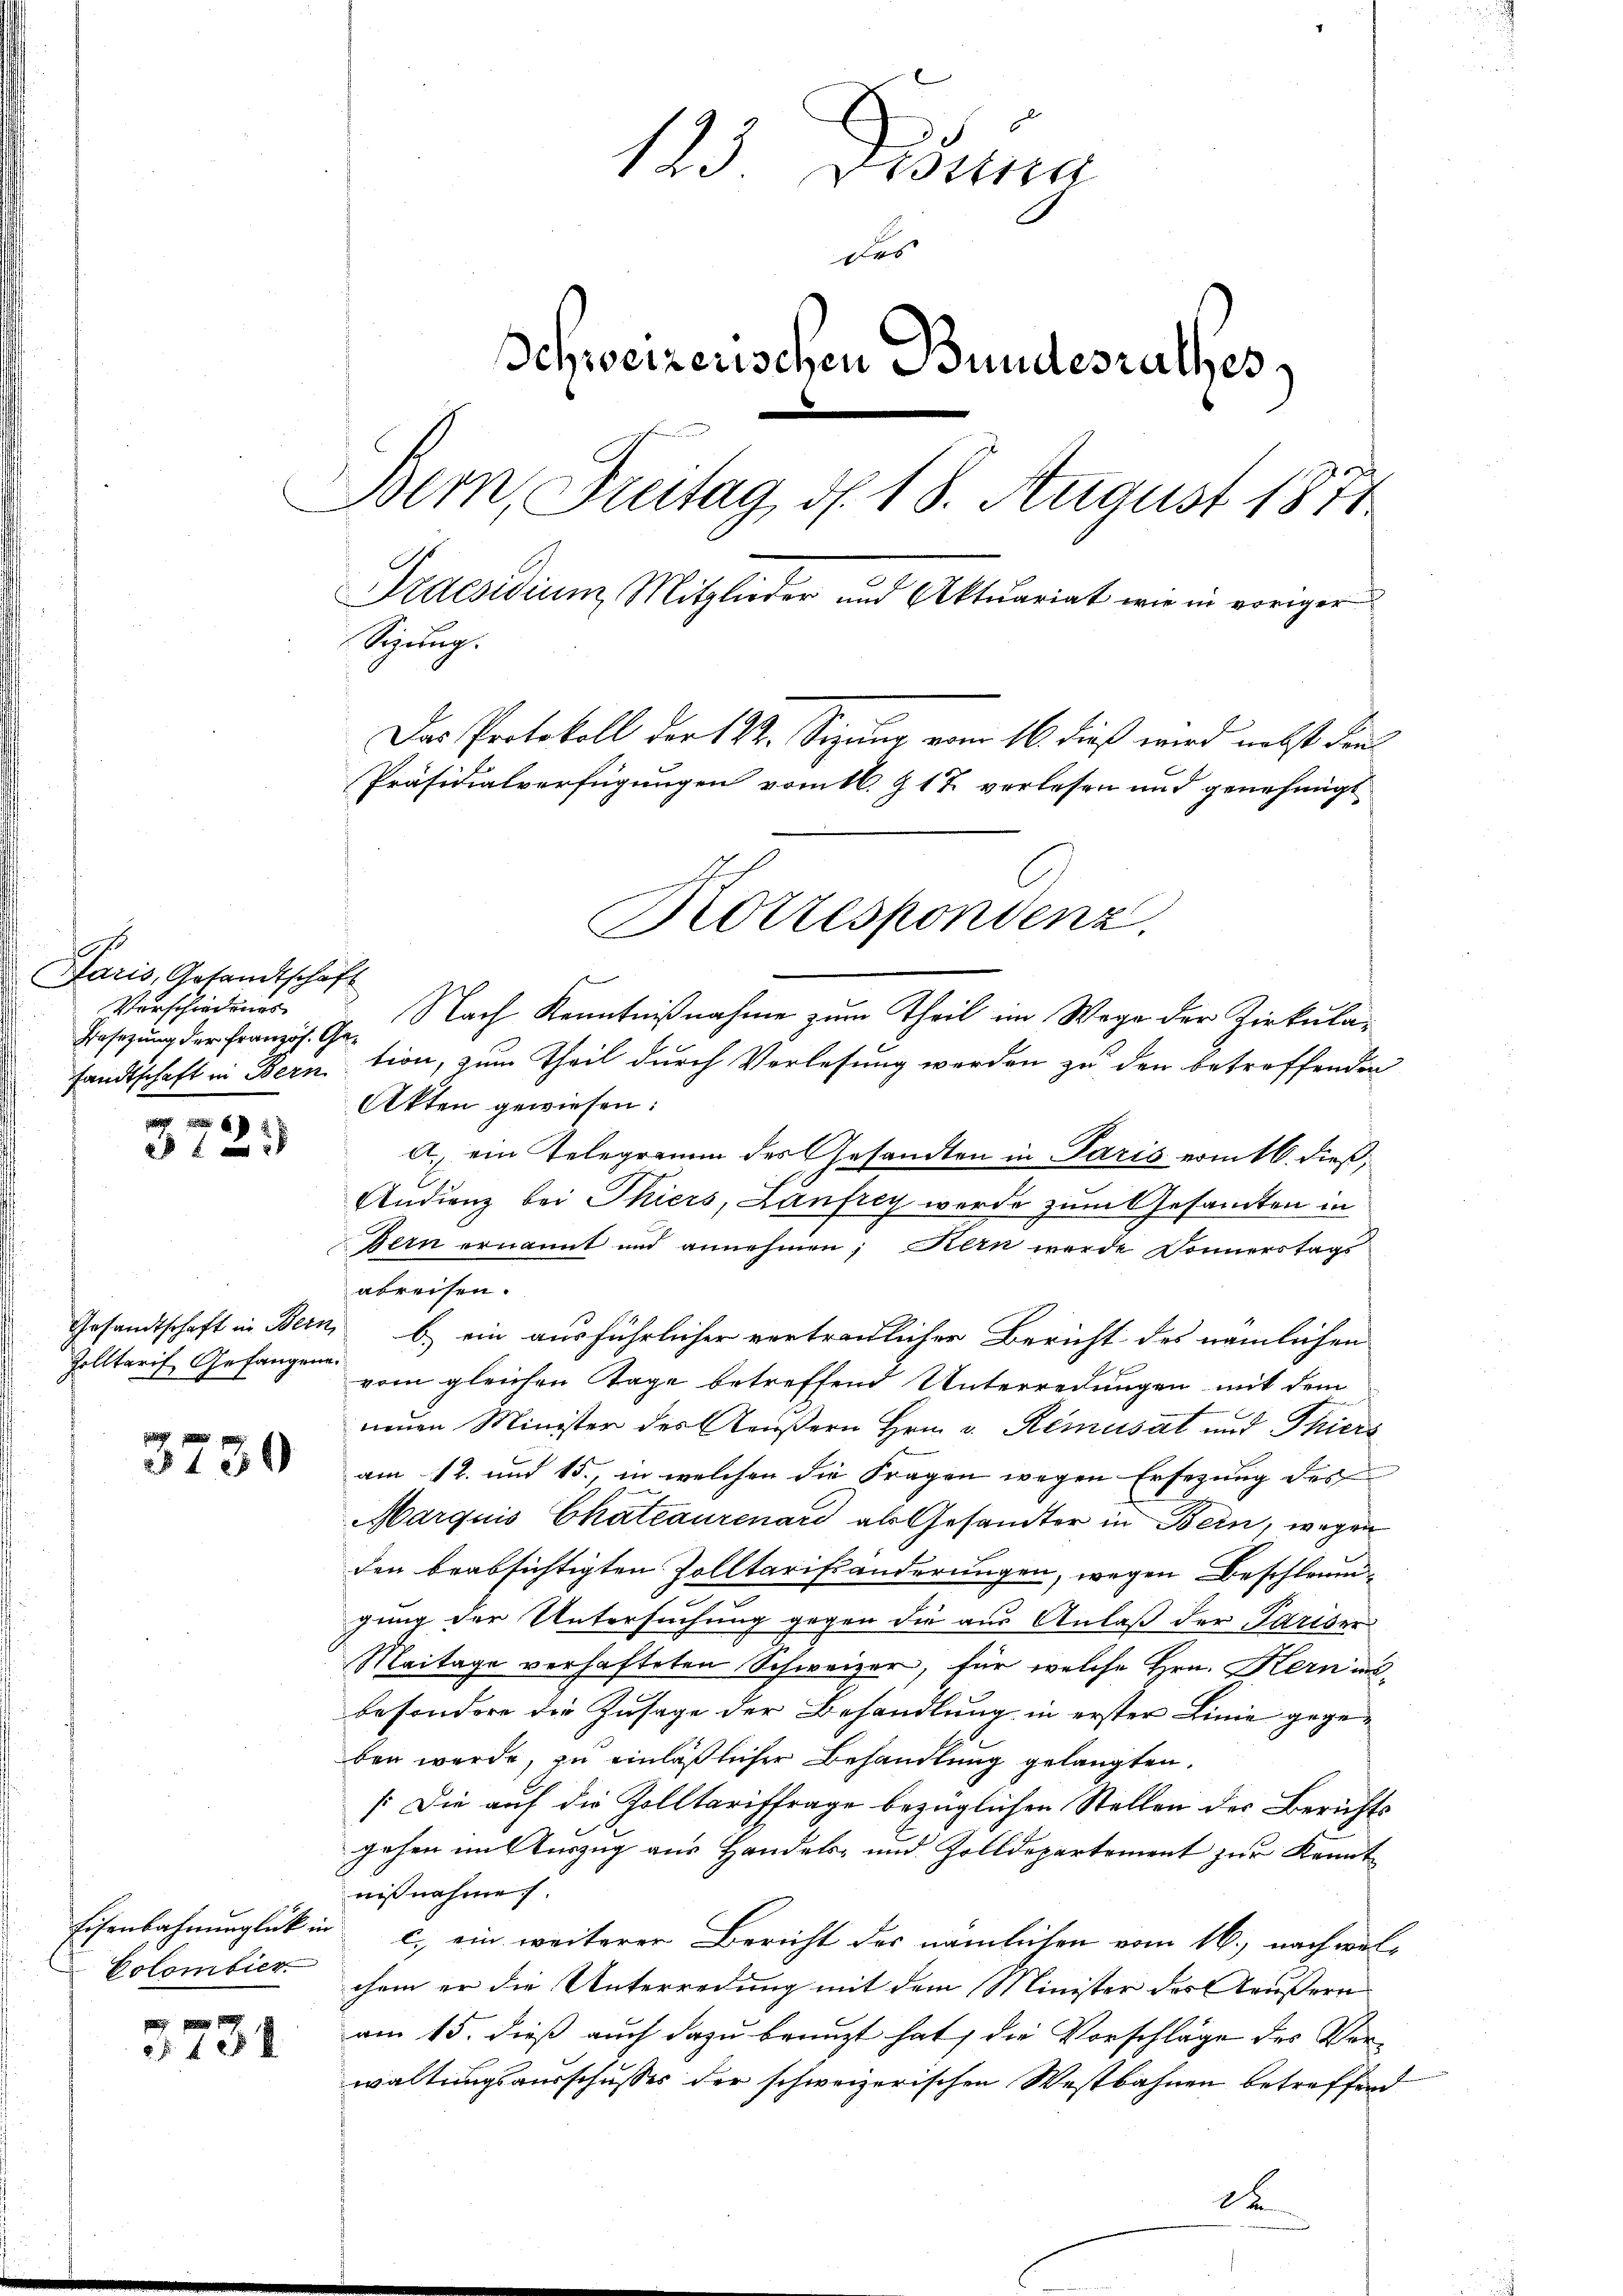
.
Paris, Gesandtschaft
Verschiedungs
Brsezung der Französ. Ge¬

f 5 x

Zolltarif Gefangen.

3730

Colombier

3731

123. Disena
des
Schweizerischen Bundesrathes
Bern, Dreitag, d. 18. August 1871
Praesidium Mitglieder und Aktuariat wie in voriger
Sitzung.
Das Protokoll der 122. Sitzung vom 16. dieß wird nebst dan¬
Präsidialverfügungen vom 16. J. 17 verlesen und genehmigt
Botzespondenz.

f
Nach Kenntnißnahme zum Theil im Wege der Zirkulasandtschaft in Bern, tion, zum Theil durch Verlesung werden zu den betreffenden
Akten gewiesen:
a. ein Telegramm des Gesandten in Paris vom 16. dieß,
Andienz bei Thiers, Lanfrey werde zum Gesamten in
Bern ernannt und annehmen; Kern wurde Donnerstags
abreifen.
Gesandtschaft in Bern, b.) ein ausführlicher vertraulicher Bericht des nämlichen
vom gleichen Tage betreffend Unterredungen mit dem
B
neuen Minister des Aeußern Hrn. v. Remusat und Thiers
am 12. und 15., in welchen die Fragen wegen Ersezung des
Marquis Chateaurenard als Gesandter in Bern, wegen
den beabsichtigten Zolltarifsänderungen, wegen Beschleugung der Untersuchung gegen die aus Anlaß der Pariser
Maitage verhafteten Schweizer, für welche Hrn. Kern insbesondere die Zusage der Behandlung in erster Linie gegeben werde, zu einläßlicher Behandlung gelangten.
[Die auf die Zolltariffrage bezüglichen Stellen des Berichts
Bremen
gehen im Auszug aus Handels- und Zolldepartement zur Kennt
nißnahme.
Eisenbahnunglück in c. ein weiterer Bericht der nämlichen vom 16., nach welchem er die Unterredung mit dem Minister des Aeussern
von 15. dieß auch dazu benuzt hat, die Vorschläge des Verwaltungsausschusses der schweizerischen Westbahnen betreffend
de